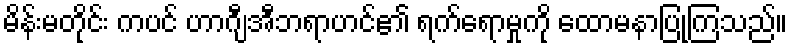
မိန်းမတိုင်း ကပင် ဟာဂျီအီဘရာဟင်၏ ရက်ရောမှုကို ထောမနာပြုကြသည်။